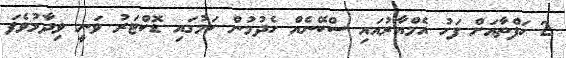
2 ހަފްތާއަށް ފަހު އެމްއާރުއައި ސްކޭނެއް ހެދުމުން ކަމުގައި ޑޮކްޓަރު ވަނީ ވިދާޅުވެފަ